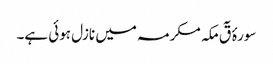
سورۂ قٓ مکہ مکرمہ میں نازل ہوئی ہے۔